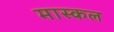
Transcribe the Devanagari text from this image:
मास्कल